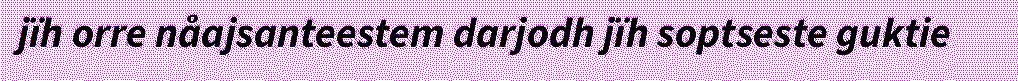
jïh orre nåajsanteestem darjodh jïh soptseste guktie